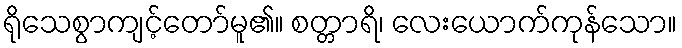
ရိုသေစွာကျင့်တော်မူ၏။ စတ္တာရိ၊ လေးယောက်ကုန်သော။